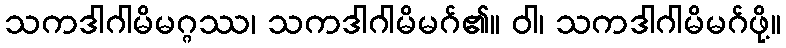
သကဒါဂါမိမဂ္ဂဿ၊ သကဒါဂါမိမဂ်၏။ ဝါ၊ သကဒါဂါမိမဂ်ဖို့။